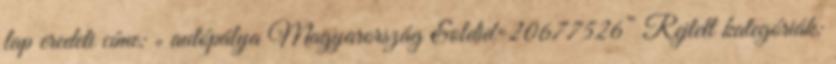
lap eredeti címe: „ autópálya Magyarország &oldid=20677526” Rejtett kategóriák: